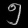
Digit: ၅